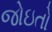
જોઇતો